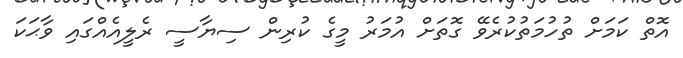
އޮތް ކަމަށް ތުހުމަތުކުރެވޭ ގޮތަށް އުމަރު މީގެ ކުރިން ސިޔާސީ ރެލީއެއްގައި ވާޙަކަ